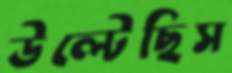
উল্‌টেছিস